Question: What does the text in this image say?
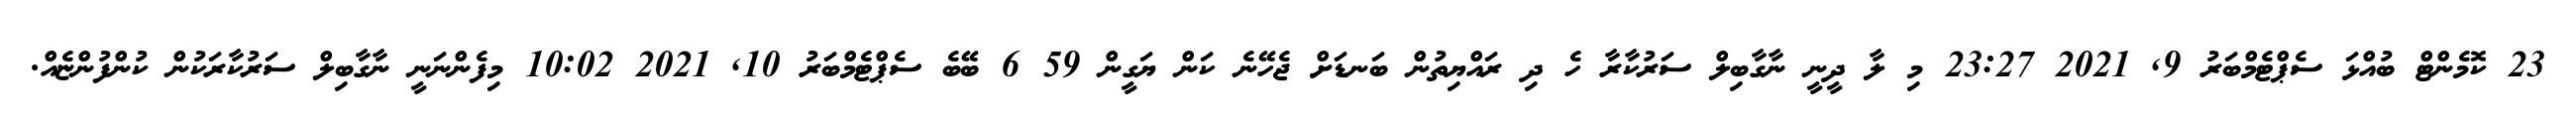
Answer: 23 ކޮމެންޓް ބުއްޅަ ސެޕްޓެމްބަރު 9, 2021 23:27 މި ލާ ދީނީ ނާގާބިލް ސަރުކާރާ ހެ ދި ރައްޔިތުން ބަނޑަށް ޖެހޭނެ ކަން ޔަގީން 59 6 ބޭބެ ސެޕްޓެމްބަރު 10, 2021 10:02 މިފެންނަނީ ނާގާބިލް ސަރުކާރަކުން ކުންފުންޏެއް.